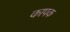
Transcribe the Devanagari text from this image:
कापक